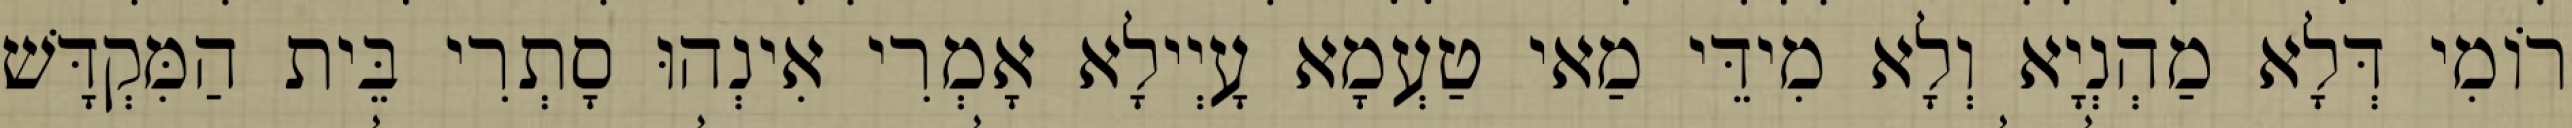
רוֹמִי דְּלָא מַהְנְיָא וְלָא מִידֵּי מַאי טַעְמָא עָיְילָא אָמְרִי אִינְהוּ סָתְרִי בֵּית הַמִּקְדָּשׁ